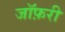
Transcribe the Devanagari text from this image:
जॉफ़री